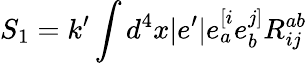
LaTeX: S_{1}=k^{\prime}\int d^{4}x\vert e^{\prime}\vert e_{a}^{[i}e_{b}^{j]}R_{ij}^{ab}